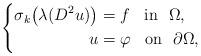
LaTeX: \begin{align*}\left\{ \begin{aligned} \sigma_k \big(\lambda(D^{2} u)\big) & = f \;\;\mbox{ in }~ \Omega, \\ u &= \varphi \;\;\mbox{ on }~ \partial \Omega,\end{aligned} \right.\end{align*}